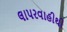
લાપરવાહીથી